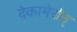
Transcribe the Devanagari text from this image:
देकामेरोन्